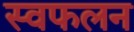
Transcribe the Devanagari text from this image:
स्वफलन